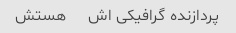
پردازنده گرافیکی اش     هستش